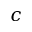
c